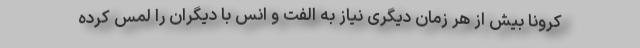
کرونا بیش از هر زمان دیگری نیاز به الفت و انس با دیگران را لمس کرده